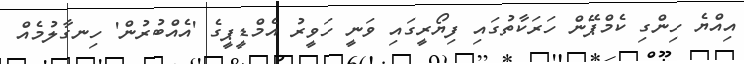
އިއްޔެ ހިންގި ކެމްޕޭން ހަރަކާތުގައި ފިޔޯރީގައި ވަނީ ހަވީރު އެމްޑީޕީގެ 'އެއްބުރުން' ހިނގާލުމެއް